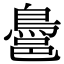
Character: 𪁨